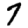
Digit: 7